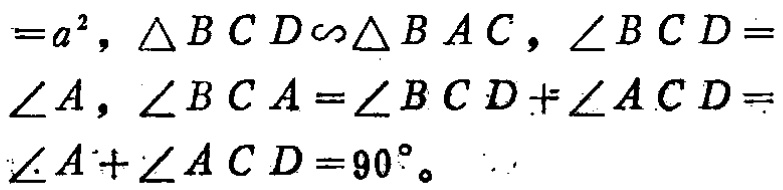
$=a^{2},\triangle BCD\sim\triangle BAC,\angle BCD = \angle A,\angle BCA=\angle BCD+\angle ACD=\angle A+\angle ACD = 90^{\circ}$。